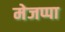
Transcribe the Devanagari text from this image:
मेजप्पा